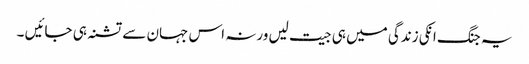
یہ جنگ انکی زندگی میں ہی جیت لیں ورنہ اس جہان سے تشنہ ہی جائیں ۔